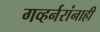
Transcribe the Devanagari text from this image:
गव्हर्नरांनाही